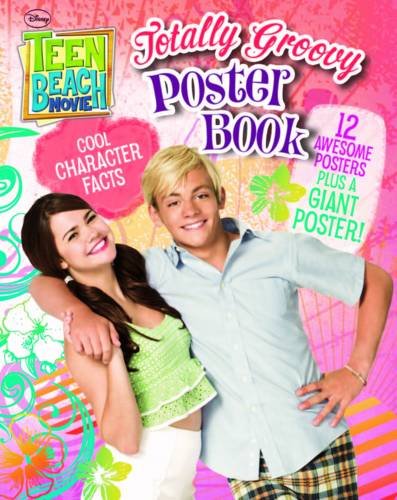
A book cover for Disney Teen Beach Movie Poster Book; Disney; Teen & Young Adult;